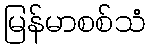
မြန်မာစစ်သံ